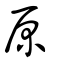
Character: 原